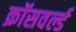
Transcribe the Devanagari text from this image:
क्रॉसवर्ल्ड